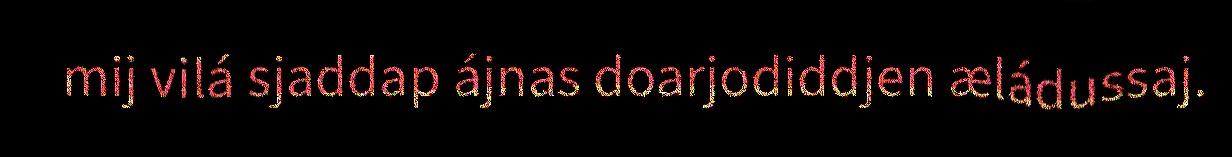
mij vilá sjaddap ájnas doarjodiddjen æládussaj.